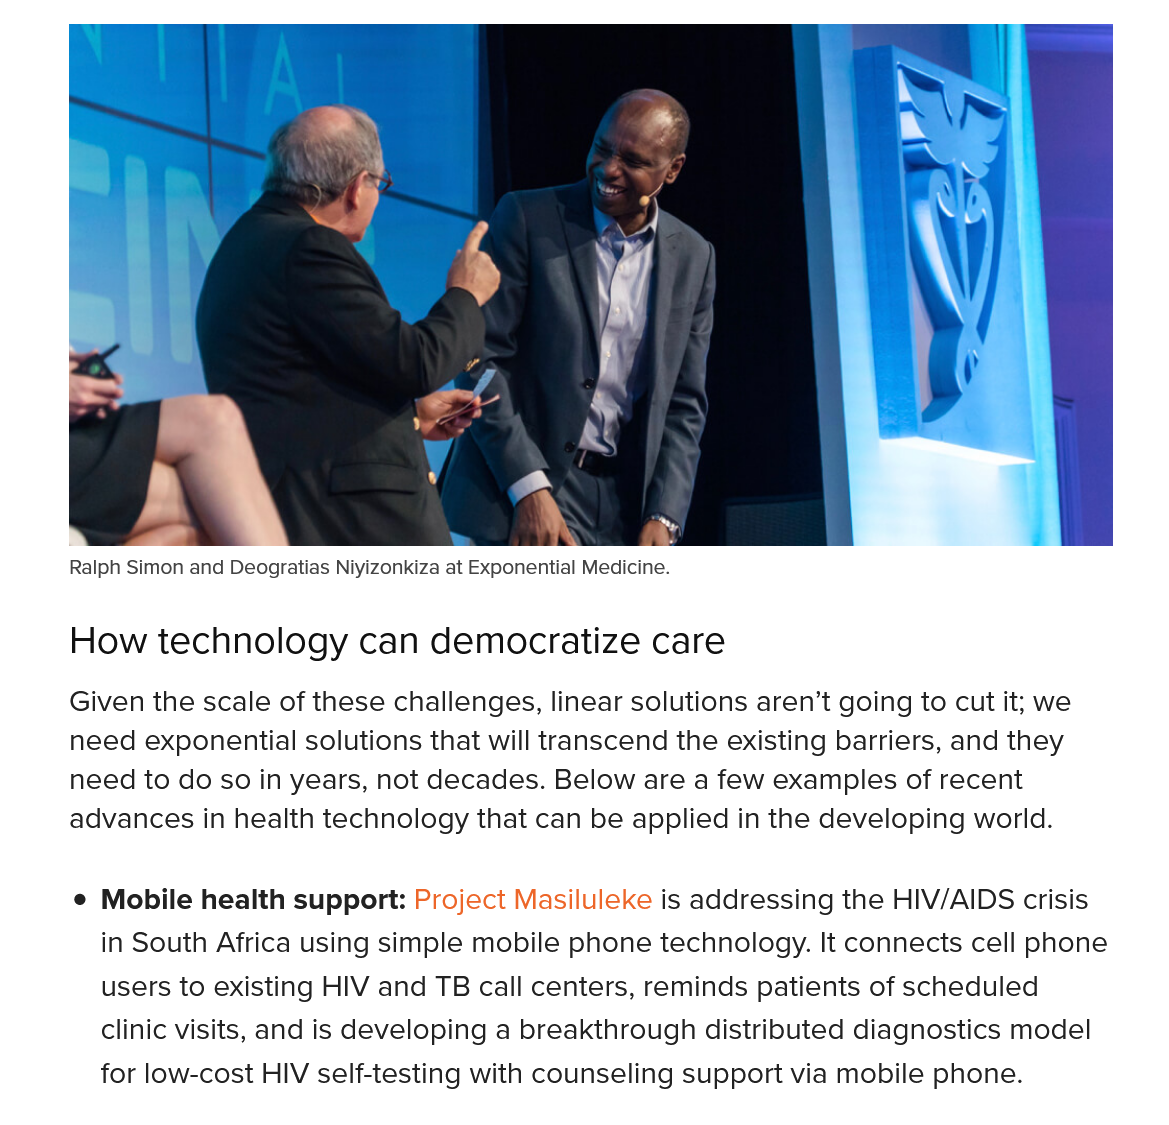
e Mobile health support: Project Masiluleke is addressing the HIV/AIDS crisis
     in South Africa using simple mobile phone technology. It connects cell phone
     users to existing HIV and TB call centers, reminds patients of scheduled
     clinic visits, and is developing a breakthrough distributed diagnostics model
     for low-cost HIV self-testing with counseling support via mobile phone.
     Given the scale of these challenges, linear solutions aren’t going to cut it; we
     need exponential solutions that will transcend the existing barriers, and they
     need to do so in years, not decades. Below are a few examples of recent
     advances in health technology that can be applied in the developing world.
     How   technology    can  democratize    care
     Ralph Simon and Deogratias Niyizonkiza at Exponential Medicine.